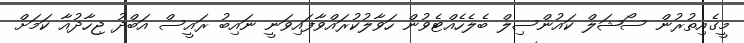
މީގެއިތުރުން ސޯޝަލް ކައުންސިލް ބެލެހެއްޓެވުން ހަވާލުކުރައްވާފައިވަނީ ނައިބު ރައީސް އަބްދު ޖިހާދުއާ ކަމަށް